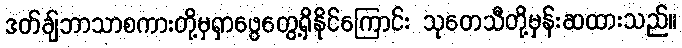
ဒတ်ချ်ဘာသာစကားတို့မှရှာဖွေတွေ့ရှိနိုင်ကြောင်း သုတေသီတို့မှန်းဆထားသည်။